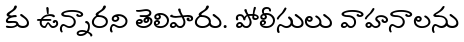
కు ఉన్నారని తెలిపారు. పోలీసులు వాహనాలను